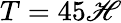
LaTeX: T=45\mathscr{H}